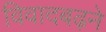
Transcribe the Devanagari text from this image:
विवादबढ़ने